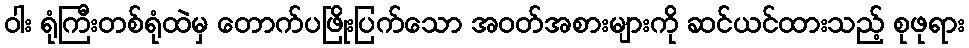
ဝါး ရုံကြီးတစ်ရုံထဲမှ တောက်ပဖြိုးပြက်သော အဝတ်အစားများကို ဆင်ယင်ထားသည့် စုဖုရား